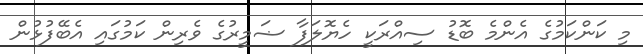
މި ކަންކަމުގެ އެންމެ ބޮޑު ސިއްރަކީ ހެޔޮލަފާ ޟަމީރުގެ ވެރިން ކަމުގައި އެބޭފުޅުން